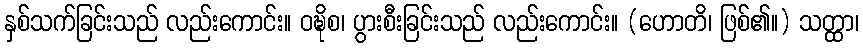
နှစ်သက်ခြင်းသည် လည်းကောင်း။ ဝဍ္ဎိစ၊ ပွားစီးခြင်းသည် လည်းကောင်း။ (ဟောတိ၊ ဖြစ်၏။) သတ္ထာ၊